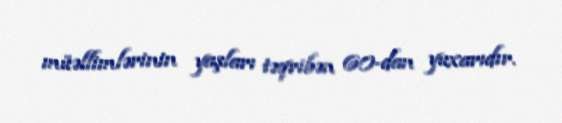
müəllimlərinin yaşları təqribən 60-dan yuxarıdır.